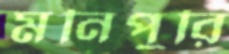
মনিপুরি